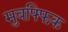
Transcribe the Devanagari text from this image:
मुवफ्फिक